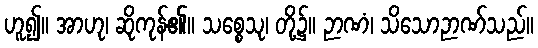
ဟူ၍။ အာဟု၊ ဆိုကုန်၏။ သစ္စေသု၊ တို့၌။ ဉာဏံ၊ သိသောဉာဏ်သည်။